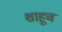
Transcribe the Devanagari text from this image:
शाहूच